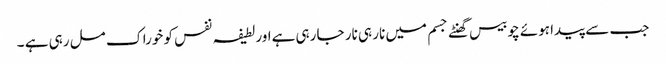
جب سے پیدا ہوئے چوبیس گھنٹے جسم میں نار ہی نار جا رہی ہےاور لطیفہ نفس کو خوراک مل رہی ہے ۔